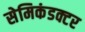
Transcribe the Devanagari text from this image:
सेमिकंडक्टर